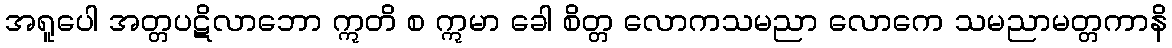
အရူပေါ အတ္တပဋိလာဘော ဣတိ စ ဣမာ ခေါ စိတ္တ လောကသမညာ လောကေ သမညာမတ္တကာနိ